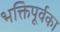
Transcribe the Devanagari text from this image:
भक्तिपूर्वका